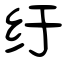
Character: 纡